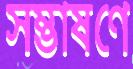
সম্ভাষণে